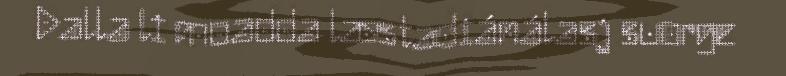
Dalla li moadda læstadiánálasj suorge